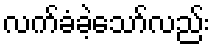
လက်ခံခဲ့သော်လည်း